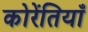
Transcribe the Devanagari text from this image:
कोरेंतियाँ